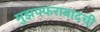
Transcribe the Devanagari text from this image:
मुझफ्फराबादची